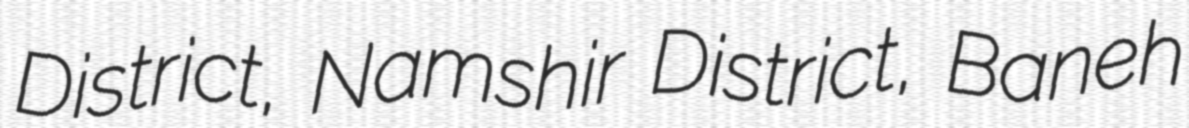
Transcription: District, Namshir District, Baneh